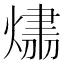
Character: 𤌛